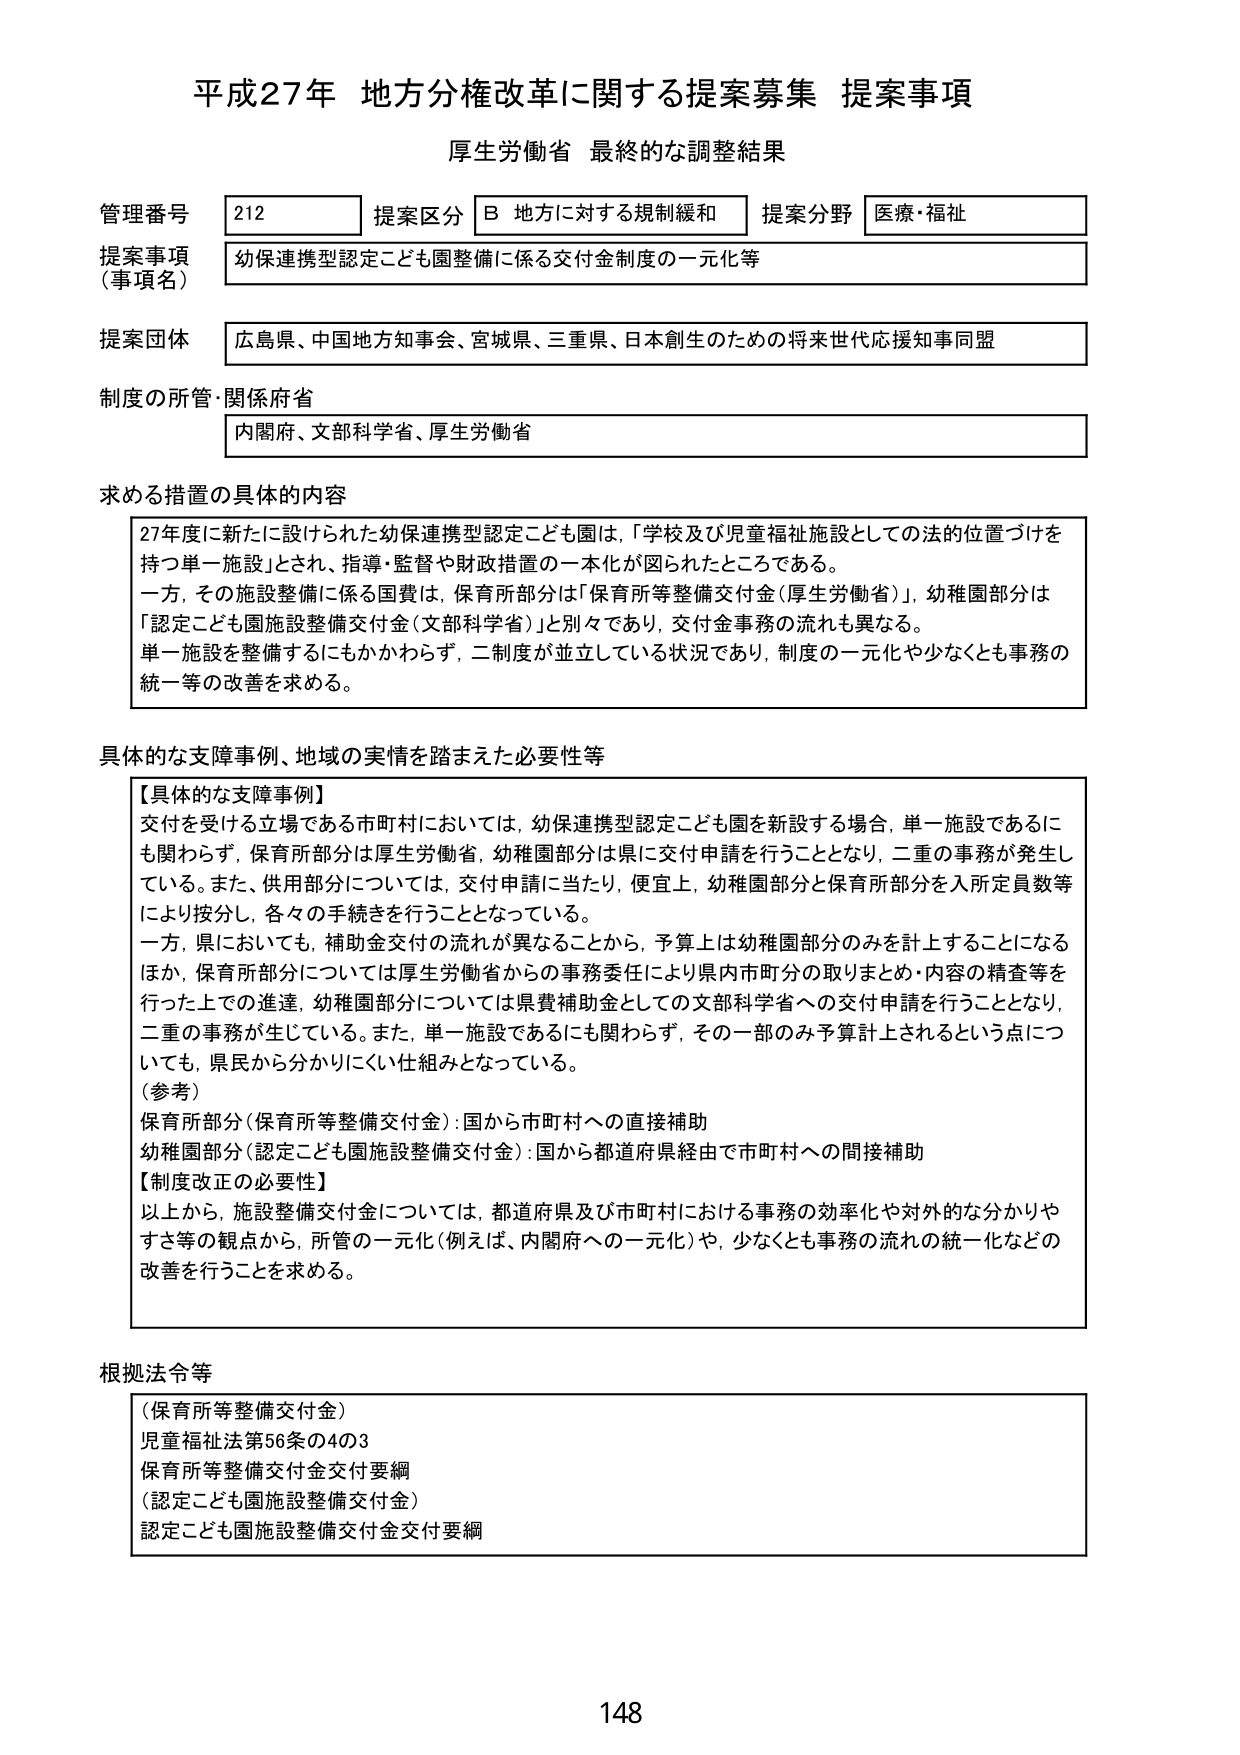
平成27年 地方分権改革に関する提案募集 提案事項
厚生労働省 最終的な調整結果

管理番号 212
提案区分 B 地方に対する規制緩和
提案分野 医療・福祉

提案事項（事項名）
幼保連携型認定こども園整備に係る交付金制度の一元化等

提案団体
広島県、中国地方知事会、宮城県、三重県、日本創生のための将来世代応援知事同盟

制度の所管・関係府省
内閣府、文部科学省、厚生労働省

求める措置の具体的内容
27年度に新たに設けられた幼保連携型認定こども園は、「学校及び児童福祉施設としての法的位置づけを持つ単一施設」とされ、指導・監督や財政措置の一本化が図られたところである。
一方、その施設整備に係る国費は、保育所部分は「保育所等整備交付金（厚生労働省）」、幼稚園部分は「認定こども園施設整備交付金（文部科学省）」と別々であり、交付金事務の流れも異なる。
単一施設を整備するにもかかわらず、二制度が並立している状況であり、制度の一元化や少なくとも事務の統一等の改善を求める。

具体的な支障事例、地域の実情を踏まえた必要性等
【具体的な支障事例】
交付を受ける立場である市町村においては、幼保連携型認定こども園を新設する場合、単一施設であるにも関わらず、保育所部分は厚生労働省、幼稚園部分は県に交付申請を行うこととなり、二重の事務が発生している。また、供用部分については、交付申請に当たり、便宜上、幼稚園部分と保育所部分を入所定員数等により按分し、各々の手続きを行うこととなっている。
一方、県においても、補助金交付の流れが異なることから、予算上は幼稚園部分のみを計上することになるほか、保育所部分については厚生労働省からの事務委任により県内市町村の取りまとめ・内容の精査等を行った上での進達、幼稚園部分については県費補助金としての文部科学省への交付申請を行うこととなり、二重の事務が生じている。また、単一施設であるにも関わらず、その一部のみ予算計上されるという点についても、県民から分かりにくい仕組みとなっている。
（参考）
保育所部分（保育所等整備交付金）：国から市町村への直接補助
幼稚園部分（認定こども園施設整備交付金）：国から都道府県経由で市町村への間接補助
【制度改正の必要性】
以上から、施設整備交付金については、都道府県及び市町村における事務の効率化や対外的な分かりやすさ等の観点から、所管の一元化（例えば、内閣府への一元化）や、少なくとも事務の流れの統一化などの改善を行うことを求める。

根拠法令等
（保育所等整備交付金）
児童福祉法第56条の4の3
保育所等整備交付金交付要綱
（認定こども園施設整備交付金）
認定こども園施設整備交付金交付要綱

148